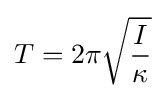
T=2\pi {\sqrt {\frac {I}{\kappa }}}